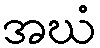
အဃံ